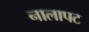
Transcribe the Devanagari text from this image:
नालापट